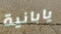
يابانية